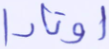
أوتادا